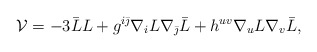
\begin{align*}{\cal V} = -3 \bar L L + g^{i\bar \jmath} \nabla_i L \nabla_{\bar \jmath} \bar L + h^{uv} \nabla_u L \nabla_v \bar L ,\end{align*}